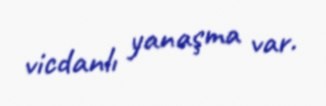
vicdanlı yanaşma var.